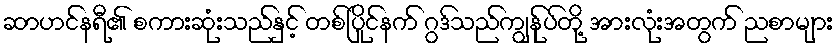
ဆာဟင်နရီ၏ စကားဆုံးသည်နှင့် တစ်ပြိုင်နက် ဂွဒ်သည်ကျွန်ုပ်တို့ အားလုံးအတွက် ညစာများ